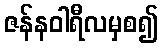
ဇန်နဝါရီလမှစ၍